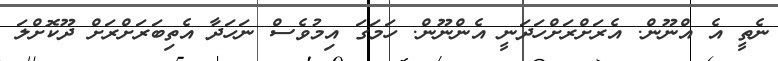
ނެތީ އެ އްނޫން. އެރަށްރަށްހަދަނީ އެންނޫން. ހަމަގަ އިމުވެސް ނަހަދާ އެތިބަރަށްރަށް ދޫކޮށްލަ